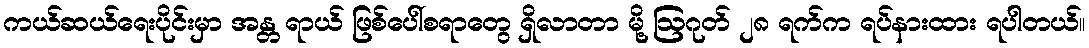
ကယ်ဆယ်ရေးပိုင်းမှာ အန္တ ရာယ် ဖြစ်ပေါ်စရာတွေ ရှိလာတာ မို့ ဩဂုတ် ၂၈ ရက်က ရပ်နားထား ရပါတယ်။